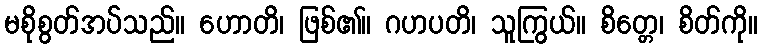
မစိုစွတ်အပ်သည်။ ဟောတိ၊ ဖြစ်၏။ ဂဟပတိ၊ သူကြွယ်။ စိတ္တေ၊ စိတ်ကို။